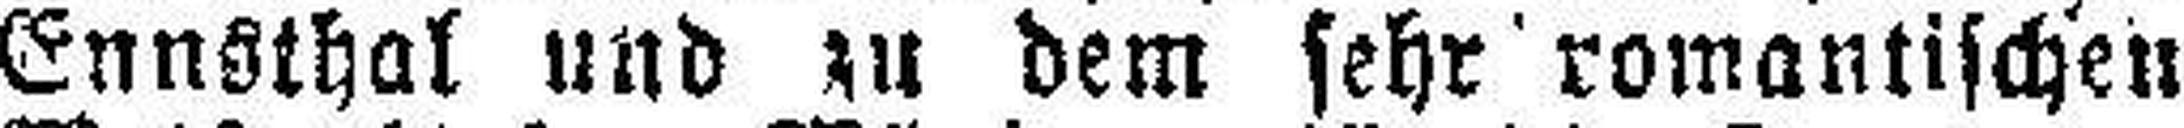
Ennsthal und zu dem sehr romantischen